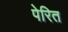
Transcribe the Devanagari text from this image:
पेरित